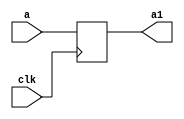
`timescale 1ns / 1ps
//////////////////////////////////////////////////////////////////////////////////
// Company: 
// Engineer: 
// 
// Design Name: 
// Module Name:    buf2 
// Project Name: 
// Target Devices: 
// Tool versions: 
// Description: 
//
// Dependencies: 
//
// Revision: 
// Revision 0.01 - File Created
// Additional Comments: 
//
//////////////////////////////////////////////////////////////////////////////////
module buf2(
    input [23:0] a,
    input clk,
    output reg [23:0] a1
    );

always @(posedge clk) begin
a1<=a;
end
endmodule